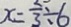
x = \frac { 2 } { 3 } \div 6